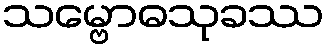
သမ္ဗောဓသုခဿ